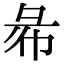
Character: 㣇